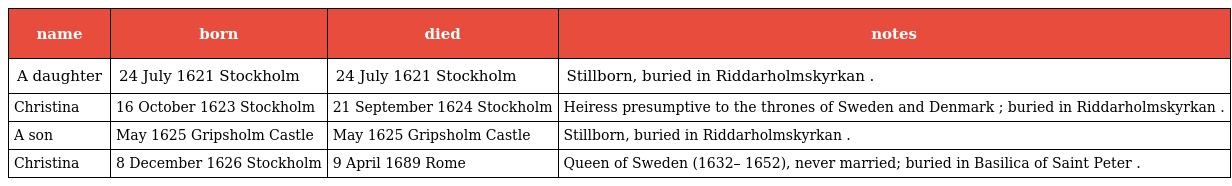
| name | born | died | notes |
 | --- | --- | --- | --- |
 | A daughter | 24 July 1621 Stockholm | 24 July 1621 Stockholm | Stillborn, buried in Riddarholmskyrkan . |
 | Christina | 16 October 1623 Stockholm | 21 September 1624 Stockholm | Heiress presumptive to the thrones of Sweden and Denmark ; buried in Riddarholmskyrkan . |
 | A son | May 1625 Gripsholm Castle | May 1625 Gripsholm Castle | Stillborn, buried in Riddarholmskyrkan . |
 | Christina | 8 December 1626 Stockholm | 9 April 1689 Rome | Queen of Sweden (1632– 1652), never married; buried in Basilica of Saint Peter . |